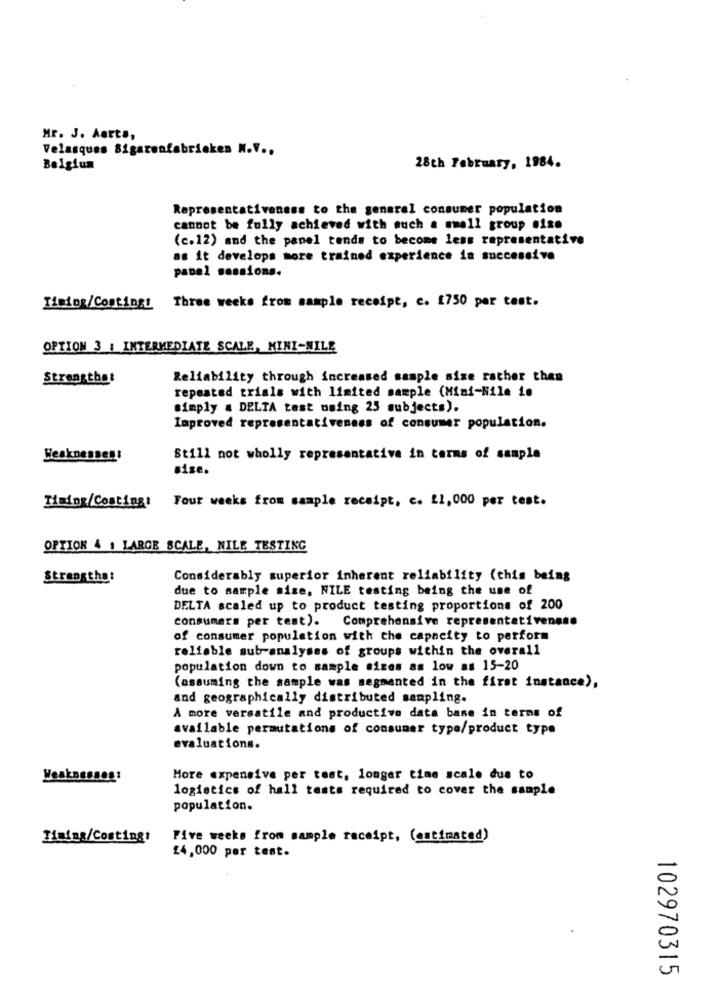
Mr. J. Aarts,
Velasques Sigarenfabrieken N.V .,
Belgium
28th February, 1984.
Representativeness to the general consumer population
cannot be fully achieved with such a small group oise
(c.12) and the panel tends to become less representative
as it develops more trained experience in successive
papel sessions.
Timing/Costing: Three weeks from sample receipt, c. 1750 por test.
OPTION 3 : INTERMEDIATE SCALE, MINI-MILE
Strengthat
Reliability through increased sample size rather than
repeated trials with limited sample (Mini-Nile io
simply . DELTA test using 25 subjects).
Improved representativeness of consumer population.
Weaknesses!
Still not wholly representative in terms of sample
sise.
Timing/Coating: Four weeks from sample receipt, c. 11,000 per test.
OPTION & | LARGE SCALE, MILE TESTING
Strengtha:
Considerably superior inherent reliability (this being
due to sample size, NILE testing being the use of
DELTA scaled up to product testing proportions of 200
consumers per test).
Comprehensive representativeness
of consumer population with the capacity to perform
reliable sub-analyses of groups within the overall
population down to sample sizes as low as 15-20
(assuming the sample was segmented in the first instance),
and geographically distributed sampling.
A more versatile and productive data base in terms of
available permutations of consumer type/product type
evaluations.
Weaknessog!
More expensive per test, longer time scale due to
logistics of hall tests required to cover the sample
population.
Five weeks from sample receipt, (estimated)
£4,000 per test.
102970315